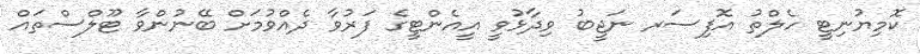
ކޮމިޔުނިޓީ ހެލްތު އޮފިސަރ ނަޖީބު ވިދާޅުވީ އީއެންޓީގެ ފަރުވާ ދެއްވުމަށް ބޭނުންވާ ޓޫލްސްތައް